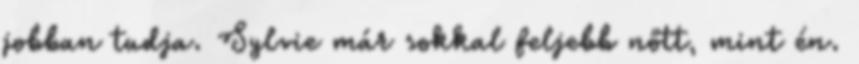
jobban tudja. Sylvie már sokkal feljebb nőtt, mint én.